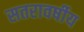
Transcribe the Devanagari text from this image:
सतरावर्षीय